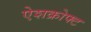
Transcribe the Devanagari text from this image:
ऐशक्रोफ्ट